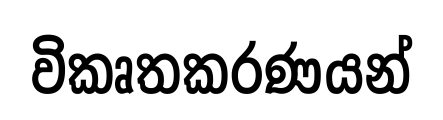
විකෘතකරණයන්